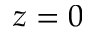
z = 0